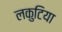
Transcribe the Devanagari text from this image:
लकुटिया